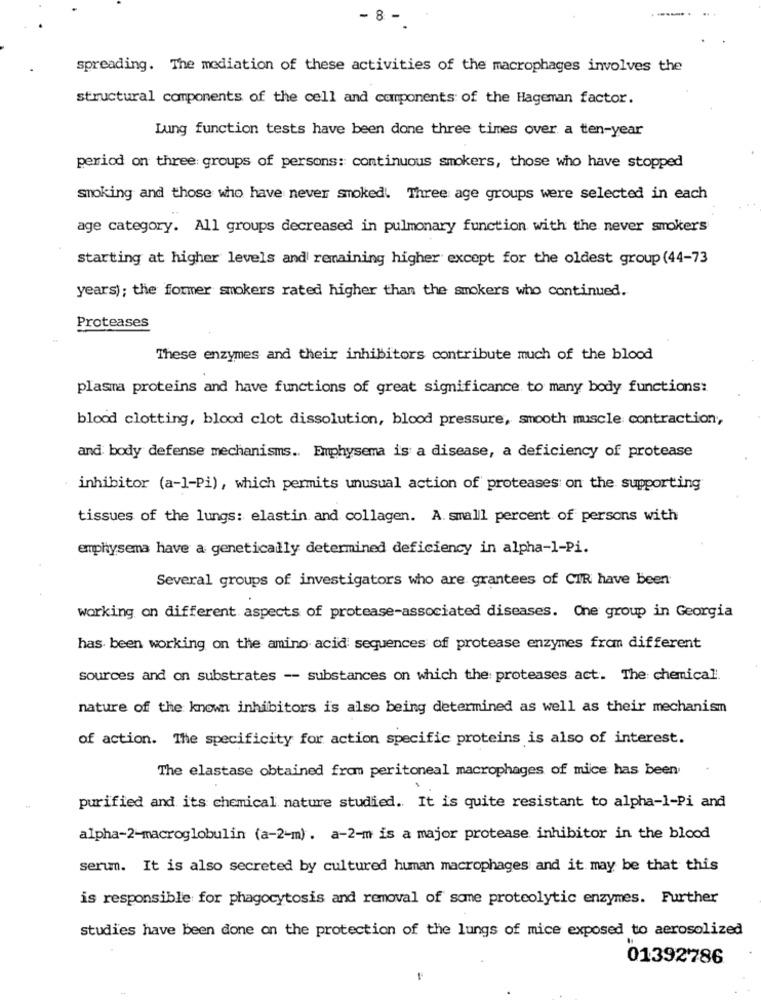
- 8 -
spreading. The mediation of these activities of the macrophages involves the
structural components of the cell and components of the Hageman factor.
Lung function tests have been done three times over a ten-year
period on three groups of persons: continuous smokers, those who have stopped
smoking and those who have never smoked. Three age groups were selected in each
age category. All groups decreased in pulmonary function with the never smokers
starting at higher levels and remaining higher except for the oldest group (44-73
years); the former smokers rated higher than the smokers who continued.
Proteases
These enzymes and their inhibitors contribute much of the blood
plasma proteins and have functions of great significance to many body functions:
blood clotting, blood clot dissolution, blood pressure, smooth muscle contraction,
and body defense mechanisms .. Emphysema is a disease, a deficiency of protease
inhibitor (a-1-Pi), which permits unusual action of proteases on the supporting
tissues of the lungs: elastin and collagen. A. small percent of persons with
emphysema have a genetically determined deficiency in alpha-1-Pi.
Several groups of investigators who are grantees of CIR have been
working on different aspects of protease-associated diseases. One group in Georgia
has been working on the amino acid sequences of protease enzymes from different
sources and on substrates -- substances on which the: proteases act. The chemical.
nature of the known inhibitors is also being determined as well as their mechanism
of action. The specificity for action specific proteins is also of interest.
The elastase obtained from peritoneal macrophages of mice has been
purified and its chemical nature studied. It is quite resistant to alpha-1-Pi and
alpha-2-macroglobulin (a-2-m). a-2-m is a major protease inhibitor in the blood
serum. It is also secreted by cultured human macrophages and it may be that this
is responsible for phagocytosis and removal of some proteolytic enzymes. Further
studies have been done on the protection of the lungs of mice exposed to aerosolized
01392786